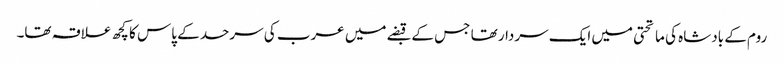
روم کے بادشاہ کی ماتحتی میں ایک سردار تھا جس کے قبضے میں عرب کی سرحد کے پاس کا کچھ علاقہ تھا۔